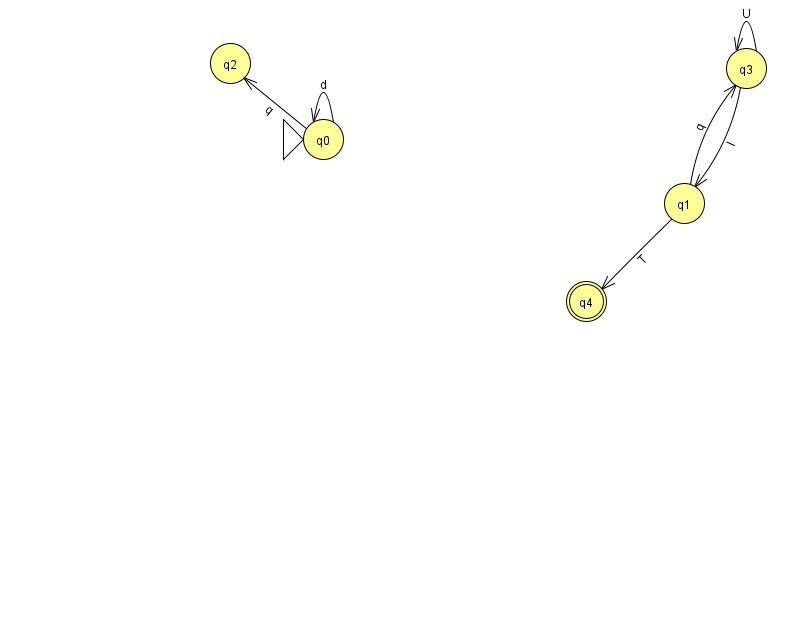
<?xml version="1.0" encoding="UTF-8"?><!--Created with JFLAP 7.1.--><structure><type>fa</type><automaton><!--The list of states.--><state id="0" name="q0"><x>323.0</x><y>126.0</y><initial/></state><state id="1" name="q1"><x>684.0</x><y>190.0</y></state><state id="2" name="q2"><x>230.0</x><y>50.0</y></state><state id="3" name="q3"><x>746.0</x><y>55.0</y></state><state id="4" name="q4"><x>586.0</x><y>288.0</y><final/></state><!--The list of transitions.--><transition><from>1</from><to>3</to><read>q</read></transition><transition><from>0</from><to>0</to><read>d</read></transition><transition><from>3</from><to>3</to><read>U</read></transition><transition><from>1</from><to>4</to><read>T</read></transition><transition><from>3</from><to>1</to><read>I</read></transition><transition><from>0</from><to>2</to><read>q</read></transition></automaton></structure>